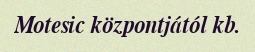
Motesic központjától kb.